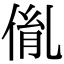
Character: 𠉥